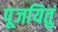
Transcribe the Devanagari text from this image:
पूजयितुं